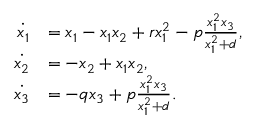
\begin{array} { r l } { \dot { { x } _ { 1 } } } & { = { x } _ { 1 } - { x } _ { 1 } { x } _ { 2 } + { r } { x } _ { 1 } ^ { 2 } - { p } \frac { { x } _ { 1 } ^ { 2 } { x } _ { 3 } } { { x } _ { 1 } ^ { 2 } + d } , } \\ { \dot { { x } _ { 2 } } } & { = - { x } _ { 2 } + { x } _ { 1 } { x } _ { 2 } , } \\ { \dot { { x } _ { 3 } } } & { = - { q } { x } _ { 3 } + { p } \frac { { x } _ { 1 } ^ { 2 } { x } _ { 3 } } { { x } _ { 1 } ^ { 2 } + d } . } \end{array}